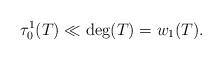
LaTeX: \begin{align*}\tau_0^1(T) \ll \deg(T) = w_1(T).\end{align*}